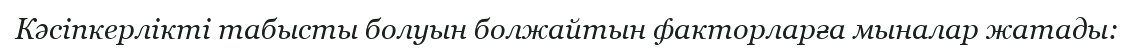
Кәсіпкерлікті табысты болуын болжайтын факторларға мыналар жатады: